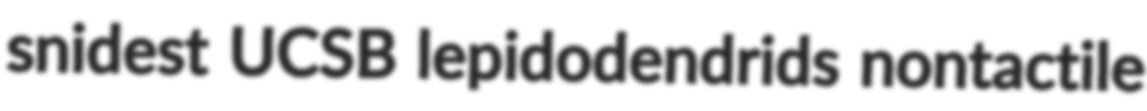
snidest UCSB lepidodendrids nontactile